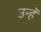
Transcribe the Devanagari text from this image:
उन्हॅ